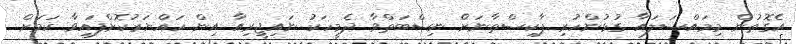
އެގޮތުން މިމައްސަލައާ ގުޅުންހުރި ޕާކިސްތާނަށް ނިސްބަތްވާ ދެމީހަކު ނައިޖީރިއާ އިން ހައްޔަރުކޮށްފައިވާ ކަމަށް